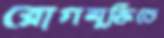
রোগমুক্তিতে